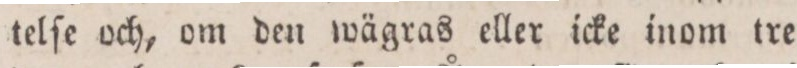
telſe och, om den wägras eller icke inom tre